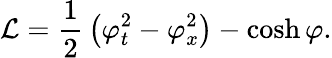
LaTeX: {\mathcal{L}}={\frac{1}{2}}\left(\varphi_{t}^{2}-\varphi_{x}^{2}\right)-\cosh\varphi.